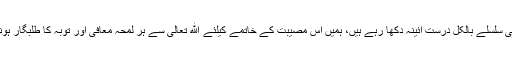
یہ روحانی سلسلے بالکل درست آئینہ دکھا رہے ہیں، ہمیں اِس مصیبت کے خاتمے کیلئے ﷲ تعالیٰ سے ہر لمحہ معافی اور توبہ کا طلبگار ہونا چاہئے۔